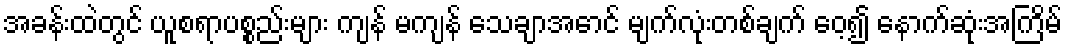
အခန်းထဲတွင် ယူစရာပစ္စည်းများ ကျန် မကျန် သေချာအောင် မျက်လုံးတစ်ချက် ဝေ့၍ နောက်ဆုံးအကြိမ်